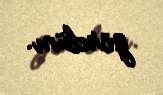
gördüm.